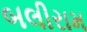
બલીરામ